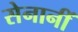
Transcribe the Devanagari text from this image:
सेनानीं